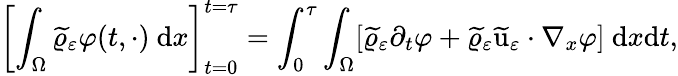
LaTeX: \left[\int_{\Omega}\widetilde{\varrho}_{\varepsilon}\varphi(t,\cdot)\ \textup{d}x\right]_{t=0}^{t=\tau}=\int_{0}^{\tau}\int_{\Omega}[\widetilde{\varrho}_{\varepsilon}\partial_{t}\varphi+\widetilde{\varrho}_{\varepsilon}\widetilde{\textbf{\textup{u}}}_{\varepsilon}\cdot\nabla_{x}\varphi]\ \textup{d}x\textup{d}t,